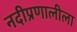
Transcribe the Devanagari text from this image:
नदीप्रणालीला